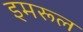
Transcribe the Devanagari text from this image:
इमरूल